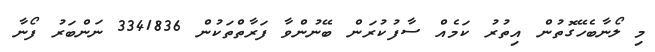
މި ލޯނާބެހޭގޮތުން އިތުރު ކަމެއް ސާފުކުރަން ބޭނުންވާ ފަރާތްތަކުން 3341836 ނަންބަރު ފޯނާ